system: You are a helpful assistant.
user:
Analyze the provided spectrum to determine if it is a **S-type Star**.

- **Key Indicators for S-type Star:**

    - **(Overall Spectrum Shape):** The first and most obvious characteristic is the overall continuum (the "baseline" shape). It is **extremely "red-sloping,"** meaning the flux (light intensity) is very low on the left side (blue, ~4000-4500 Å) and rises steeply and continuously toward the right side (red, ~7000 Å+).

    - **(Primary):** The spectrum is defined by the presence of strong, broad molecular absorption "valleys" (bands) from **Zirconium Oxide (ZrO)**. The identification of these bands is the **primary requirement** for classifying a star as S-type.
        - **(Key Bandheads):** You must find distinct, deep "dips" where the light has been absorbed. The most critical band systems to locate are:
            - **~6474 Å** ($\gamma$-system): This is often the strongest and clearest ZrO feature, found in the red part of the spectrum.
            - **~5718 Å** & **~5551 Å** ($\beta$-system): A pair of prominent absorption features in the yellow-orange part of the spectrum.
            - **~4640 Å** ($\alpha$-system): A key absorption band system in the blue-green region of the spectrum.

    - **(Secondary Confirmation):** The classification is strengthened by finding additional absorption bands from other related heavy element oxides, which are expected to be present alongside ZrO.
        - **(Key Bandheads):**
            - **Yttrium Oxide (YO):** Look for absorption dips near **~4800 Å** and **~6100 Å**.
            - **Lanthanum Oxide (LaO):** Additional absorption features, particularly in the red-orange part of the spectrum, are also characteristic.

    - **(Line Profile):** The combination of the steep red continuum and these numerous, deep molecular bands (ZrO, YO, etc.) gives the entire spectrum a very **"chopped-up"** or **"bumpy"** appearance. Instead of a smooth curve, the spectrum looks as though large, wide chunks of light have been "carved out" of it at the specific wavelengths listed above.

Think first, call **spectral_visualization_tool** if needed to examine features in detail, then provide your final answer. Your response must adhere to the following strict rules:
1.  **Overall Structure:** Your response must follow the format `<think>...</think> <tool_call>...</tool_call> (if a tool is used) <answer>...</answer>`.
2.  **Tool Usage Constraint:** You may only make **one** tool call per turn.
3.  **Final Answer Format:** In the `<answer>` tag, your conclusion must be inside a `\boxed{}` command (e.g., `\boxed{YES}` or `\boxed{NO}`), followed by your justification.

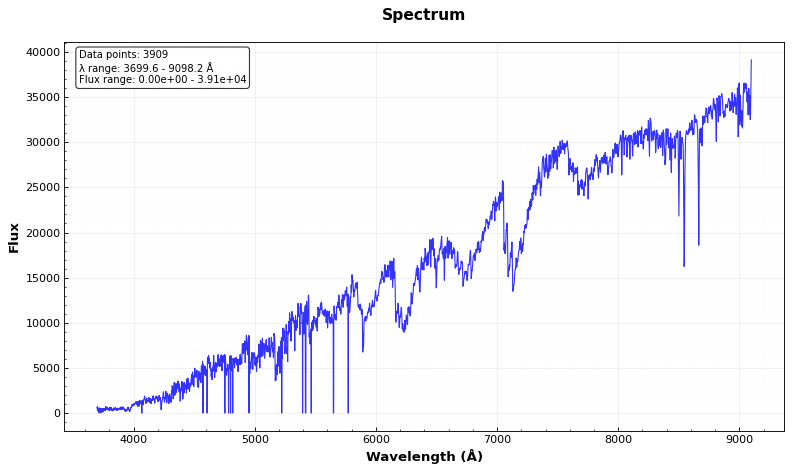
Answer: YES